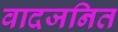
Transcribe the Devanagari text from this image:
वादजनित